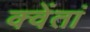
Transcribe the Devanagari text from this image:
क्वेंतां